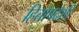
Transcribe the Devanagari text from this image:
हितोपदेशी